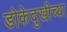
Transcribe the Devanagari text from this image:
डोकेदुखीच्या